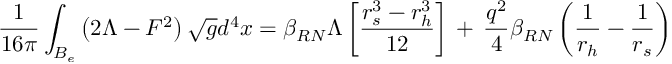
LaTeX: \frac { 1 } { 1 6 \pi } \int _ { B _ { e } } \left( 2 \Lambda - F ^ { 2 } \right) \sqrt { g } d ^ { 4 } x = \beta _ { R N } \Lambda \left[ \frac { r _ { s } ^ { 3 } - r _ { h } ^ { 3 } } { 1 2 } \right] \, + \, \frac { q ^ { 2 } } { 4 } \beta _ { R N } \left( \frac { 1 } { r _ { h } } - \frac { 1 } { r _ { s } } \right)